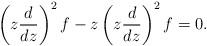
LaTeX: \begin{align*}\left(z\frac{d}{dz}\right)^2f - z\left(z\frac{d}{dz}\right)^2f=0.\end{align*}